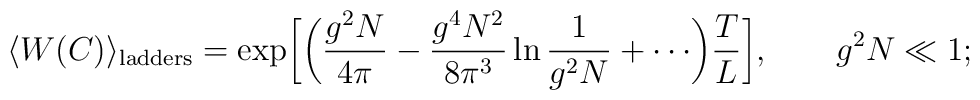
\langle W(C)\rangle_{\rm ladders}=\exp\biggl[\biggl(\frac{g^2N}{4\pi}-\frac{g^4N^2}{8\pi^3}\ln \frac{1}{g^2N}+\cdots\biggr)\frac{T}{L}\biggr],\qquad g^2N\ll 1;